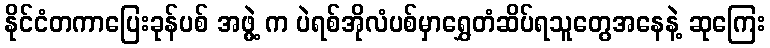
နိုင်ငံတကာပြေးခုန်ပစ် အဖွဲ့ က ပဲရစ်အိုလံပစ်မှာရွှေတံဆိပ်ရသူတွေအနေနဲ့ ဆုကြေး